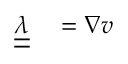
\begin{array} { r l } { \boldsymbol { \underline { { \underline { { \lambda } } } } } } & { { } = \nabla \boldsymbol { v } } \end{array}